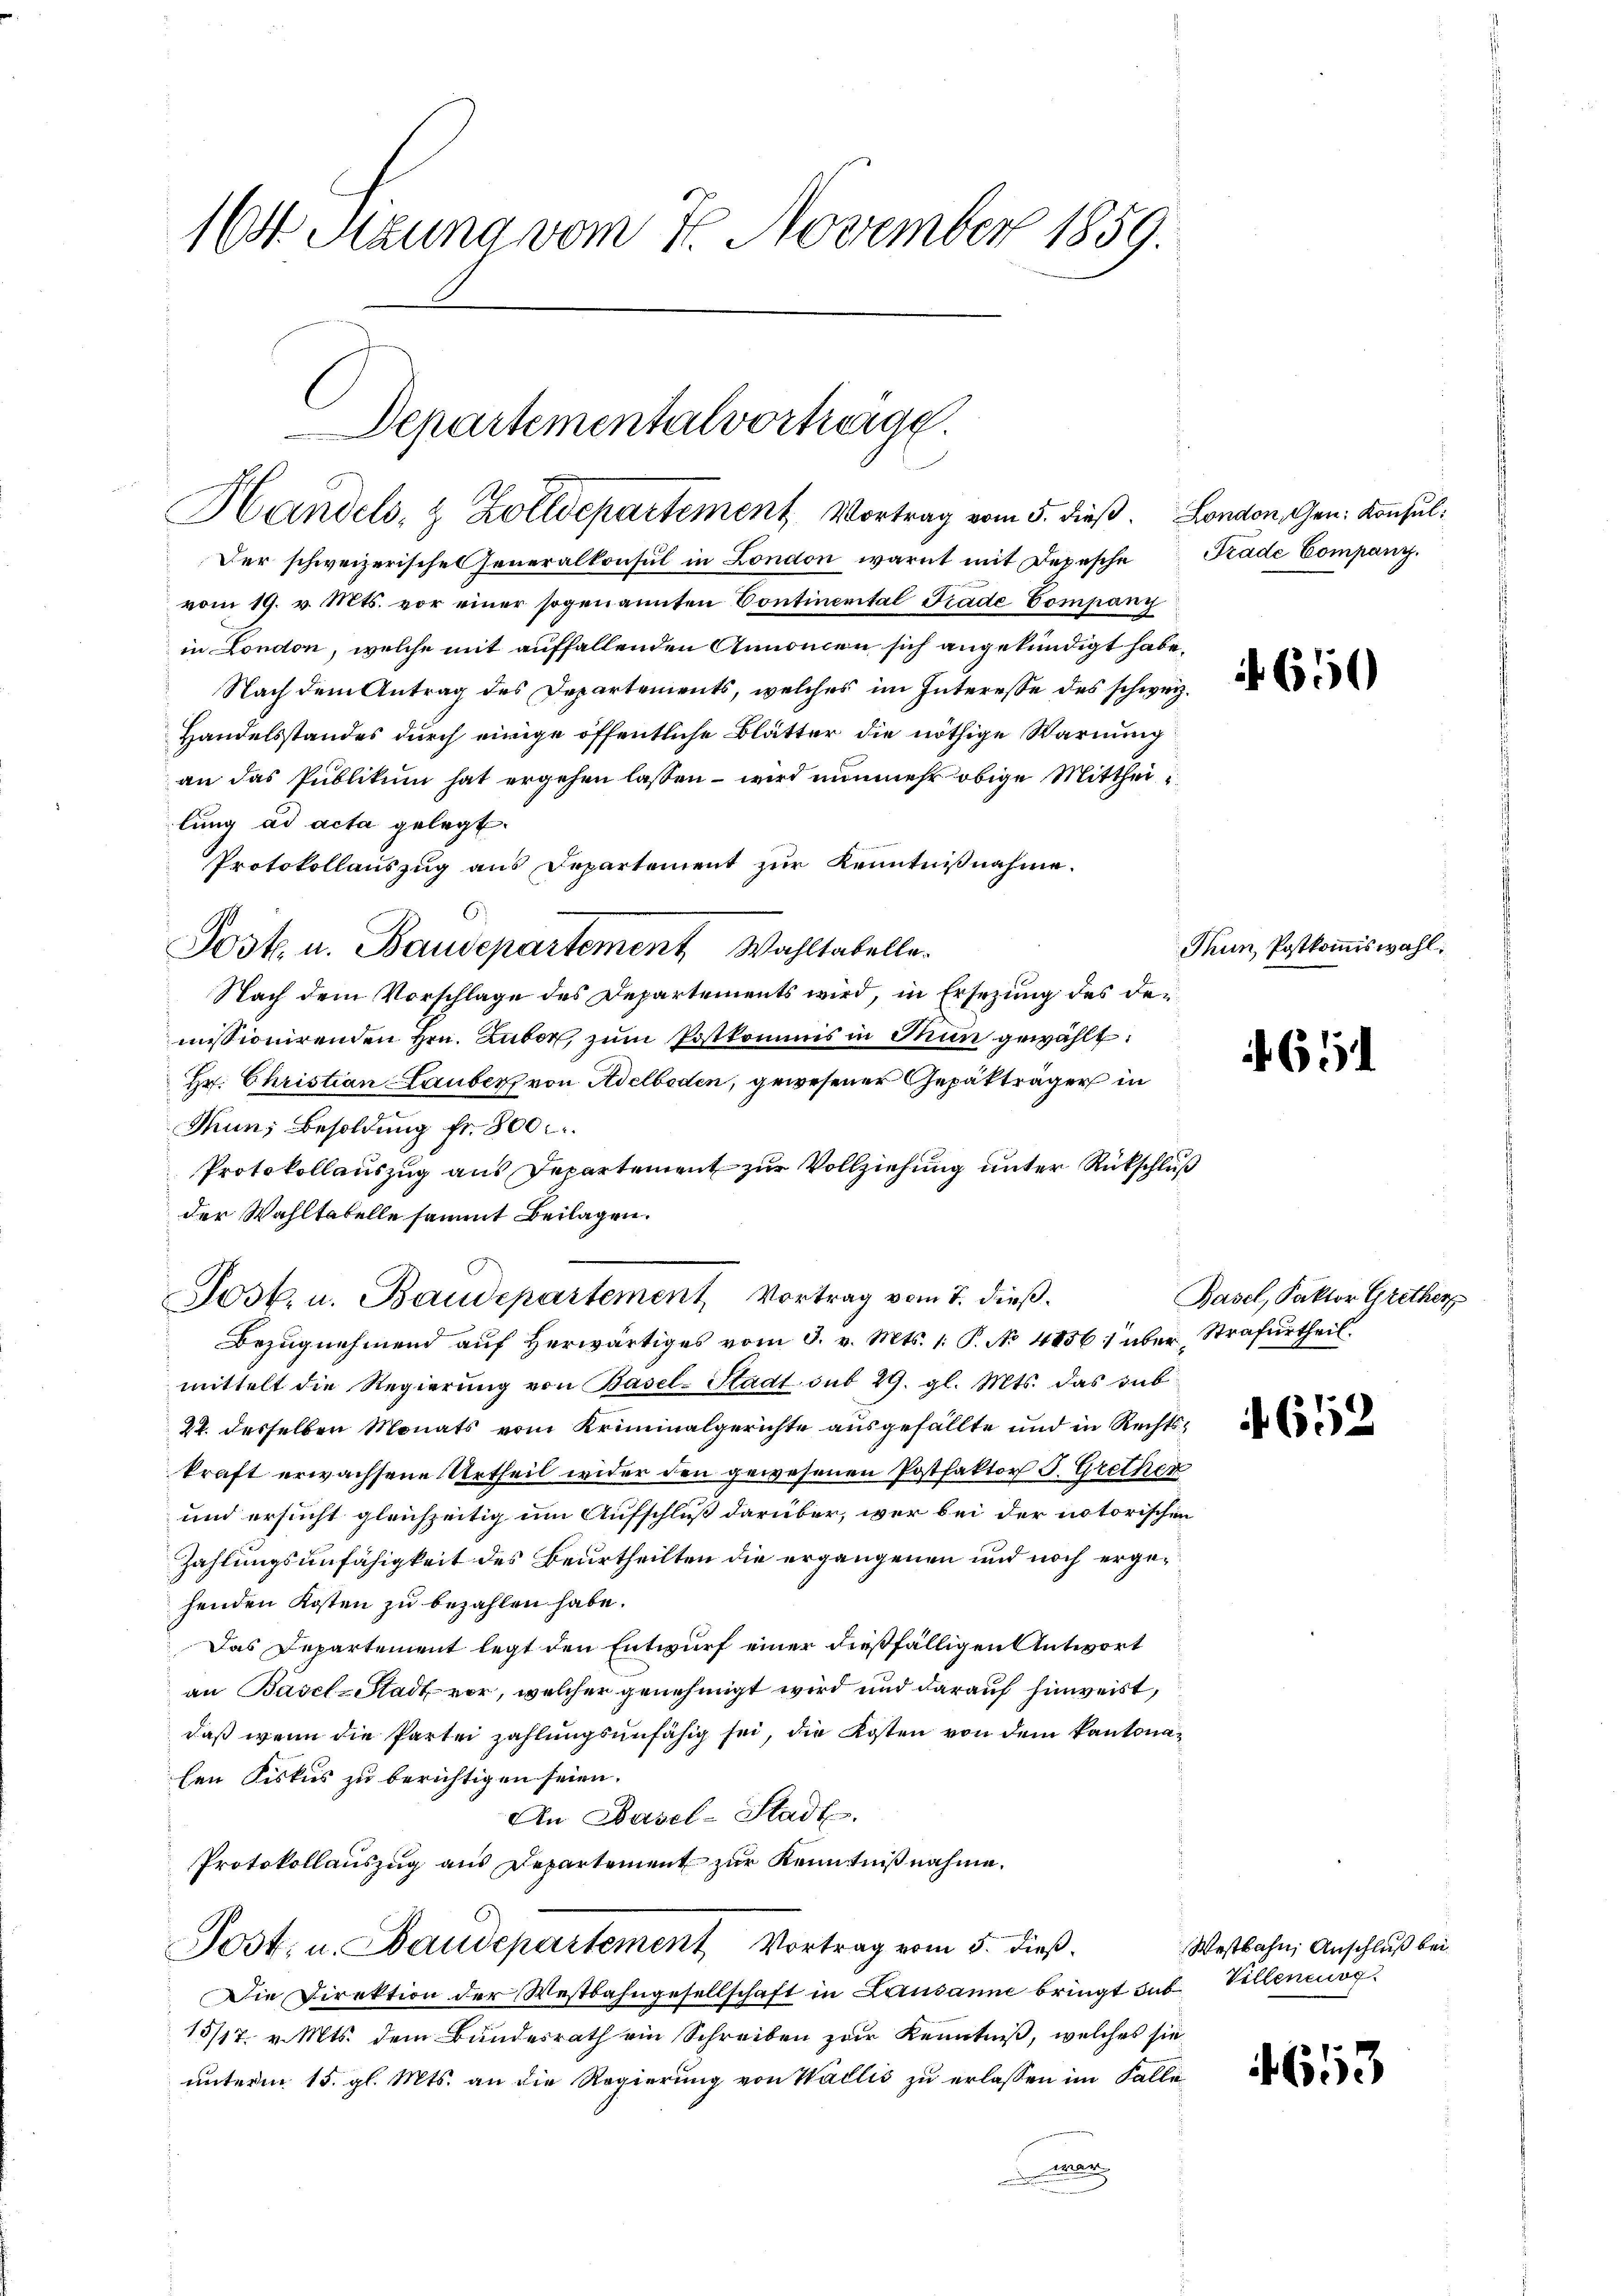
164 Sizung vom 7. November 1859.

Departementalvortrage.
Handels- & Zolldepartement Vortrag vom 5. dieß. London, Gen. Konsul¬

Der schweizerisches Generalkonsul in London warnt mit Depesche Grade Company.
vom 19. v. Mts. vor einer sogenannten Continental Prade Company
in London, welche mit auffallenden Annonen sich angekündigt habe.
Nach dem Antrag des Departements, welches im Interesse des schweiz.
Handelsstandes durch einige öffentliche Blätter die nöthige Warnung
an das Publikum hat ergehen lassen – wird nunmehr obige Mittheilung ad acta gelegt.
Protokollauszug aus Departement zŭr Kenntniβnahme.
Post. u. Baudepartement Wahltabelle.
Nach dem Vorschlage des Departements wird, in Ersezung des der
missionirenden Hrn. Labor zŭm Postkommis in Thun gewählt:
Hr. Christian Lauber von Adelboden, gewesener Gepäkträger in
Thun, Besoldung fr. 800
Protokollauszug aus Departement zur Vollziehung unter Rückschluß
der Wahltabelle sammt Beilagen.

mittelt die Regierung von Basel-Stadt sub 29. gl. Mts. das sub¬
22. desselben Monats vom Kriminalgerichte ausgefällte und in Rechtskraft erwachsene Urtheil wider den gewesenen Postfaktor J. Grether
und ersucht gleichzeitig um Aufschluß darüber, wer bei der notorischen
Zahlungsunfähigkeit des Beurtheilten die ergangenen und noch ergehenden Kosten zu bezahlen habe.
Das Departement legt den Entwurf einer dießfälligen Antwort
an Basel-Stadt vor, welcher genehmigt wird und darauf hinweist,
daß wenn die Partei zahlungsunfähig sei, die Kosten von dem kantonalen Fiskus zu berichtigen seien.
An Basel-Stadt.
Protokollauszug aus Departement zur Kenntniß nahme.
Post, u. Staudepartement Vortrag vom 5. dieß.
Die Direktion der Westbahngesellschaft in Lausanne bringt sub. Villeneuog
15/17. v. Mts. dem Bundesrath ein Schreiben zur Kenntniß, welches sie
unterm 15. gl. Mts. an die Regierung von Wallis zu erlassen im Falle
Mar

Jost, u. Baudepartement, Vortrag vom 7. dieß.
Bezŭgnehmend aŭf herwärtiges vom 3. v. Mts. 1. P. No 4856 über Strafurtheil.

Thun, Postkommiswahl.

650

614

Basel, Faktor Grether

652

Westbahn, Anschluß bei

653